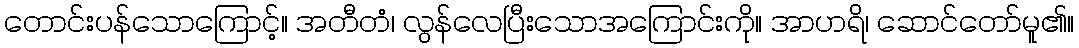
တောင်းပန်သောကြောင့်။ အတီတံ၊ လွန်လေပြီးသောအကြောင်းကို။ အာဟရိ၊ ဆောင်တော်မူ၏။